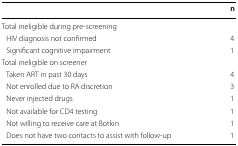
<table><thead><tr><td></td><td><b>n</b></td></tr></thead><tbody><tr><td colspan="2">Total ineligible during pre-screening</td></tr><tr><td> HIV diagnosis not confirmed</td><td>4</td></tr><tr><td> Significant cognitive impairment</td><td>1</td></tr><tr><td colspan="2">Total ineligible on screener</td></tr><tr><td> Taken ART in past 30 days</td><td>4</td></tr><tr><td> Not enrolled due to RA discretion</td><td>3</td></tr><tr><td> Never injected drugs</td><td>1</td></tr><tr><td> Not available for CD4 testing</td><td>1</td></tr><tr><td> Not willing to receive care at Botkin</td><td>1</td></tr><tr><td> Does not have two contacts to assist with follow-up</td><td>1</td></tr></tbody></table>